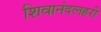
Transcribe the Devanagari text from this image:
शिवानंदलहरी